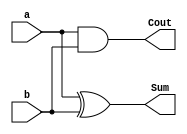
// Designing in Half Adder 
// Sum = a XOR b, Cout = a AND b


module HA(a, b, Sum, Cout);

input a, b; // a and b are inputs with size 1-bit
output Sum, Cout; // Sum and Cout are outputs with size 1-bit

assign Sum = a ^ b; 
assign Cout = a & b; 

endmodule


//carry save adder -- for implementing dadda multiplier
//csa for use of half adder and full adder.

module csa_dadda(A,B,Cin,Y,Cout);
input A,B,Cin;
output Y,Cout;
    
assign Y = A^B^Cin;
assign Cout = (A&B)|(A&Cin)|(B&Cin);
    
endmodule


// dadda multiplier
// A - 8 bits , B - 8bits, y(output) - 16bits

module dadda_8(A,B,y);
    
    input [7:0] A;
    input [7:0] B;
    output wire [15:0] y;
    wire  gen_pp [0:7][7:0];
// stage-1 sum and carry
    wire [0:5]s1,c1;
// stage-2 sum and carry
    wire [0:13]s2,c2;   
// stage-3 sum and carry
    wire [0:9]s3,c3;
// stage-4 sum and carry
    wire [0:11]s4,c4;
// stage-5 sum and carry
    wire [0:13]s5,c5;




// generating partial products 

//////////////////////////////////

//// j=0
assign gen_pp[0][0] = A[0]*B[0];
assign gen_pp[1][0] = A[0]*B[1];
assign gen_pp[2][0] = A[0]*B[2];
assign gen_pp[3][0] = A[0]*B[3];
assign gen_pp[4][0] = A[0]*B[4];
assign gen_pp[5][0] = A[0]*B[5];
assign gen_pp[6][0] = A[0]*B[6];
assign gen_pp[7][0] = A[0]*B[7];


//// j=1
assign gen_pp[0][1] = A[1]*B[0];
assign gen_pp[1][1] = A[1]*B[1];
assign gen_pp[2][1] = A[1]*B[2];
assign gen_pp[3][1] = A[1]*B[3];
assign gen_pp[4][1] = A[1]*B[4];
assign gen_pp[5][1] = A[1]*B[5];
assign gen_pp[6][1] = A[1]*B[6];
assign gen_pp[7][1] = A[1]*B[7];


//// j=2
assign gen_pp[0][2] = A[2]*B[0];
assign gen_pp[1][2] = A[2]*B[1];
assign gen_pp[2][2] = A[2]*B[2];
assign gen_pp[3][2] = A[2]*B[3];
assign gen_pp[4][2] = A[2]*B[4];
assign gen_pp[5][2] = A[2]*B[5];
assign gen_pp[6][2] = A[2]*B[6];
assign gen_pp[7][2] = A[2]*B[7];

//// j=3
assign gen_pp[0][3] = A[3]*B[0];
assign gen_pp[1][3] = A[3]*B[1];
assign gen_pp[2][3] = A[3]*B[2];
assign gen_pp[3][3] = A[3]*B[3];
assign gen_pp[4][3] = A[3]*B[4];
assign gen_pp[5][3] = A[3]*B[5];
assign gen_pp[6][3] = A[3]*B[6];
assign gen_pp[7][3] = A[3]*B[7];


//// j=4
assign gen_pp[0][4] = A[4]*B[0];
assign gen_pp[1][4] = A[4]*B[1];
assign gen_pp[2][4] = A[4]*B[2];
assign gen_pp[3][4] = A[4]*B[3];
assign gen_pp[4][4] = A[4]*B[4];
assign gen_pp[5][4] = A[4]*B[5];
assign gen_pp[6][4] = A[4]*B[6];
assign gen_pp[7][4] = A[4]*B[7];


//// j=5
assign gen_pp[0][5] = A[5]*B[0];
assign gen_pp[1][5] = A[5]*B[1];
assign gen_pp[2][5] = A[5]*B[2];
assign gen_pp[3][5] = A[5]*B[3];
assign gen_pp[4][5] = A[5]*B[4];
assign gen_pp[5][5] = A[5]*B[5];
assign gen_pp[6][5] = A[5]*B[6];
assign gen_pp[7][5] = A[5]*B[7];


//// j=6
assign gen_pp[0][6] = A[6]*B[0];
assign gen_pp[1][6] = A[6]*B[1];
assign gen_pp[2][6] = A[6]*B[2];
assign gen_pp[3][6] = A[6]*B[3];
assign gen_pp[4][6] = A[6]*B[4];
assign gen_pp[5][6] = A[6]*B[5];
assign gen_pp[6][6] = A[6]*B[6];
assign gen_pp[7][6] = A[6]*B[7];


//// j=7
assign gen_pp[0][7] = A[7]*B[0];
assign gen_pp[1][7] = A[7]*B[1];
assign gen_pp[2][7] = A[7]*B[2];
assign gen_pp[3][7] = A[7]*B[3];
assign gen_pp[4][7] = A[7]*B[4];
assign gen_pp[5][7] = A[7]*B[5];
assign gen_pp[6][7] = A[7]*B[6];
assign gen_pp[7][7] = A[7]*B[7];


/////////////////////////////////
	
	
	
//Reduction by stages.
// di_values = 2,3,4,6,8,13...


//Stage 1 - reducing fom 8 to 6  


    HA h1(.a(gen_pp[6][0]),.b(gen_pp[5][1]),.Sum(s1[0]),.Cout(c1[0]));
    HA h2(.a(gen_pp[4][3]),.b(gen_pp[3][4]),.Sum(s1[2]),.Cout(c1[2]));
    HA h3(.a(gen_pp[4][4]),.b(gen_pp[3][5]),.Sum(s1[4]),.Cout(c1[4]));

    csa_dadda c11(.A(gen_pp[7][0]),.B(gen_pp[6][1]),.Cin(gen_pp[5][2]),.Y(s1[1]),.Cout(c1[1]));
    csa_dadda c12(.A(gen_pp[7][1]),.B(gen_pp[6][2]),.Cin(gen_pp[5][3]),.Y(s1[3]),.Cout(c1[3]));     
    csa_dadda c13(.A(gen_pp[7][2]),.B(gen_pp[6][3]),.Cin(gen_pp[5][4]),.Y(s1[5]),.Cout(c1[5]));
    
//Stage 2 - reducing fom 6 to 4

    HA h4(.a(gen_pp[4][0]),.b(gen_pp[3][1]),.Sum(s2[0]),.Cout(c2[0]));
    HA h5(.a(gen_pp[2][3]),.b(gen_pp[1][4]),.Sum(s2[2]),.Cout(c2[2]));


    csa_dadda c21(.A(gen_pp[5][0]),.B(gen_pp[4][1]),.Cin(gen_pp[3][2]),.Y(s2[1]),.Cout(c2[1]));
    csa_dadda c22(.A(s1[0]),.B(gen_pp[4][2]),.Cin(gen_pp[3][3]),.Y(s2[3]),.Cout(c2[3]));
    csa_dadda c23(.A(gen_pp[2][4]),.B(gen_pp[1][5]),.Cin(gen_pp[0][6]),.Y(s2[4]),.Cout(c2[4]));
    csa_dadda c24(.A(s1[1]),.B(s1[2]),.Cin(c1[0]),.Y(s2[5]),.Cout(c2[5]));
    csa_dadda c25(.A(gen_pp[2][5]),.B(gen_pp[1][6]),.Cin(gen_pp[0][7]),.Y(s2[6]),.Cout(c2[6]));
    csa_dadda c26(.A(s1[3]),.B(s1[4]),.Cin(c1[1]),.Y(s2[7]),.Cout(c2[7]));
    csa_dadda c27(.A(c1[2]),.B(gen_pp[2][6]),.Cin(gen_pp[1][7]),.Y(s2[8]),.Cout(c2[8]));
    csa_dadda c28(.A(s1[5]),.B(c1[3]),.Cin(c1[4]),.Y(s2[9]),.Cout(c2[9]));
    csa_dadda c29(.A(gen_pp[4][5]),.B(gen_pp[3][6]),.Cin(gen_pp[2][7]),.Y(s2[10]),.Cout(c2[10]));
    csa_dadda c210(.A(gen_pp[7][3]),.B(c1[5]),.Cin(gen_pp[6][4]),.Y(s2[11]),.Cout(c2[11]));
    csa_dadda c211(.A(gen_pp[5][5]),.B(gen_pp[4][6]),.Cin(gen_pp[3][7]),.Y(s2[12]),.Cout(c2[12]));
    csa_dadda c212(.A(gen_pp[7][4]),.B(gen_pp[6][5]),.Cin(gen_pp[5][6]),.Y(s2[13]),.Cout(c2[13]));
    
//Stage 3 - reducing fom 4 to 3

    HA h6(.a(gen_pp[3][0]),.b(gen_pp[2][1]),.Sum(s3[0]),.Cout(c3[0]));

    csa_dadda c31(.A(s2[0]),.B(gen_pp[2][2]),.Cin(gen_pp[1][3]),.Y(s3[1]),.Cout(c3[1]));
    csa_dadda c32(.A(s2[1]),.B(s2[2]),.Cin(c2[0]),.Y(s3[2]),.Cout(c3[2]));
    csa_dadda c33(.A(c2[1]),.B(c2[2]),.Cin(s2[3]),.Y(s3[3]),.Cout(c3[3]));
    csa_dadda c34(.A(c2[3]),.B(c2[4]),.Cin(s2[5]),.Y(s3[4]),.Cout(c3[4]));
    csa_dadda c35(.A(c2[5]),.B(c2[6]),.Cin(s2[7]),.Y(s3[5]),.Cout(c3[5]));
    csa_dadda c36(.A(c2[7]),.B(c2[8]),.Cin(s2[9]),.Y(s3[6]),.Cout(c3[6]));
    csa_dadda c37(.A(c2[9]),.B(c2[10]),.Cin(s2[11]),.Y(s3[7]),.Cout(c3[7]));
    csa_dadda c38(.A(c2[11]),.B(c2[12]),.Cin(s2[13]),.Y(s3[8]),.Cout(c3[8]));
    csa_dadda c39(.A(gen_pp[7][5]),.B(gen_pp[6][6]),.Cin(gen_pp[5][7]),.Y(s3[9]),.Cout(c3[9]));

//Stage 4 - reducing fom 3 to 2

    HA h7(.a(gen_pp[2][0]),.b(gen_pp[1][1]),.Sum(s4[0]),.Cout(c4[0]));


    csa_dadda c41(.A(s3[0]),.B(gen_pp[1][2]),.Cin(gen_pp[0][3]),.Y(s4[1]),.Cout(c4[1]));
    csa_dadda c42(.A(c3[0]),.B(s3[1]),.Cin(gen_pp[0][4]),.Y(s4[2]),.Cout(c4[2]));
    csa_dadda c43(.A(c3[1]),.B(s3[2]),.Cin(gen_pp[0][5]),.Y(s4[3]),.Cout(c4[3]));
    csa_dadda c44(.A(c3[2]),.B(s3[3]),.Cin(s2[4]),.Y(s4[4]),.Cout(c4[4]));
    csa_dadda c45(.A(c3[3]),.B(s3[4]),.Cin(s2[6]),.Y(s4[5]),.Cout(c4[5]));
    csa_dadda c46(.A(c3[4]),.B(s3[5]),.Cin(s2[8]),.Y(s4[6]),.Cout(c4[6]));
    csa_dadda c47(.A(c3[5]),.B(s3[6]),.Cin(s2[10]),.Y(s4[7]),.Cout(c4[7]));
    csa_dadda c48(.A(c3[6]),.B(s3[7]),.Cin(s2[12]),.Y(s4[8]),.Cout(c4[8]));
    csa_dadda c49(.A(c3[7]),.B(s3[8]),.Cin(gen_pp[4][7]),.Y(s4[9]),.Cout(c4[9]));
    csa_dadda c410(.A(c3[8]),.B(s3[9]),.Cin(c2[13]),.Y(s4[10]),.Cout(c4[10]));
    csa_dadda c411(.A(c3[9]),.B(gen_pp[7][6]),.Cin(gen_pp[6][7]),.Y(s4[11]),.Cout(c4[11]));
    
//Stage 5 - reducing fom 2 to 1
    // adding total sum and carry to get final output

    HA h8(.a(gen_pp[1][0]),.b(gen_pp[0][1]),.Sum(y[1]),.Cout(c5[0]));



    csa_dadda c51(.A(s4[0]),.B(gen_pp[0][2]),.Cin(c5[0]),.Y(y[2]),.Cout(c5[1]));
    csa_dadda c52(.A(c4[0]),.B(s4[1]),.Cin(c5[1]),.Y(y[3]),.Cout(c5[2]));
    csa_dadda c54(.A(c4[1]),.B(s4[2]),.Cin(c5[2]),.Y(y[4]),.Cout(c5[3]));
    csa_dadda c55(.A(c4[2]),.B(s4[3]),.Cin(c5[3]),.Y(y[5]),.Cout(c5[4]));
    csa_dadda c56(.A(c4[3]),.B(s4[4]),.Cin(c5[4]),.Y(y[6]),.Cout(c5[5]));
    csa_dadda c57(.A(c4[4]),.B(s4[5]),.Cin(c5[5]),.Y(y[7]),.Cout(c5[6]));
    csa_dadda c58(.A(c4[5]),.B(s4[6]),.Cin(c5[6]),.Y(y[8]),.Cout(c5[7]));
    csa_dadda c59(.A(c4[6]),.B(s4[7]),.Cin(c5[7]),.Y(y[9]),.Cout(c5[8]));
    csa_dadda c510(.A(c4[7]),.B(s4[8]),.Cin(c5[8]),.Y(y[10]),.Cout(c5[9]));
    csa_dadda c511(.A(c4[8]),.B(s4[9]),.Cin(c5[9]),.Y(y[11]),.Cout(c5[10]));
    csa_dadda c512(.A(c4[9]),.B(s4[10]),.Cin(c5[10]),.Y(y[12]),.Cout(c5[11]));
    csa_dadda c513(.A(c4[10]),.B(s4[11]),.Cin(c5[11]),.Y(y[13]),.Cout(c5[12]));
    csa_dadda c514(.A(c4[11]),.B(gen_pp[7][7]),.Cin(c5[12]),.Y(y[14]),.Cout(c5[13]));

    assign y[0] =  gen_pp[0][0];
    assign y[15] = c5[13];
    
  
    
endmodule 


//self checking test bench for 8*8 dadda
module dadda_8TB();


	parameter M=8,N=8;

	reg [N-1:0]A;
	reg [M-1:0]B;
  wire [N+M-1:0]Y;



	//---- Instantiation of main test module----
	//Array_MUL_USign #(64,64) UUT(A,B,Y); //M=4,N=6
	 dadda_8 UUT(.A(A),.B(B),.y(Y));


	// initializing the inputs to the test module
	// initial block executes only once
	initial
	repeat(15)
	begin
		#10 A = $random; B = $random;
		#100//give required simulation time to complete the operation one by one.
		#100
		#10
		//-----VERIFICATION OF THE OBTAINED RESULT WITH EXISTING RESULT------
      $display(" A=%d,B=%d,AxB=%d",(A),(B),(Y));

		if( (A)*(B) != (Y)) 
			$display(" *ERROR* ");

	end

endmodule